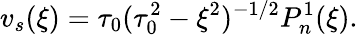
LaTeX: v_{s}(\xi)=\tau_{0}(\tau_{0}^{2}-\xi^{2})^{-1/2}P_{n}^{1}(\xi).